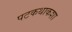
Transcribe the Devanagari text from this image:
पटकथाकशा